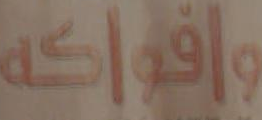
وفواكه